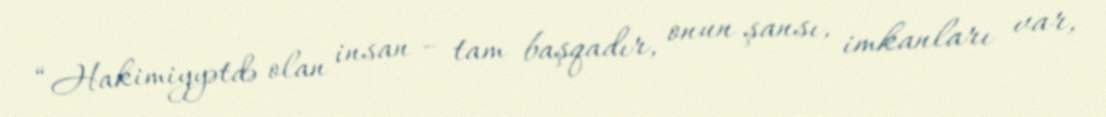
“Hakimiyyətdə olan insan – tam başqadır, onun şansı, imkanları var,